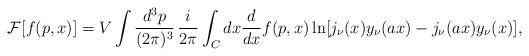
LaTeX: \begin{align*}{\cal F}[f(p,x)]=V\int \frac{d^3p}{(2\pi)^3}\,\frac{i}{2\pi}\int_C dx\frac{d}{dx}f(p,x)\ln [j_\nu(x)y_\nu(ax)-j_\nu(ax)y_\nu(x)],\end{align*}